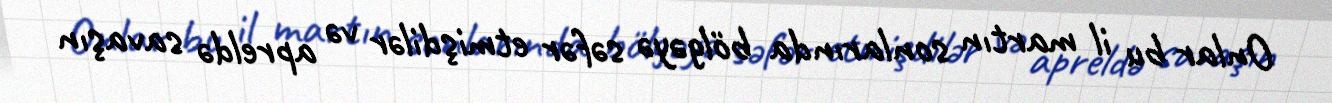
Onlar bu il martın sonlarında bölgəyə səfər etmişdilər və apreldə savaşın